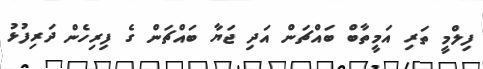
ފިލްމީ ތަރި އަމީތާބް ބައްޗަން އަދި ޖަޔާ ބައްޗަން ގެ ފިރިހެން ދަރިފުޅު